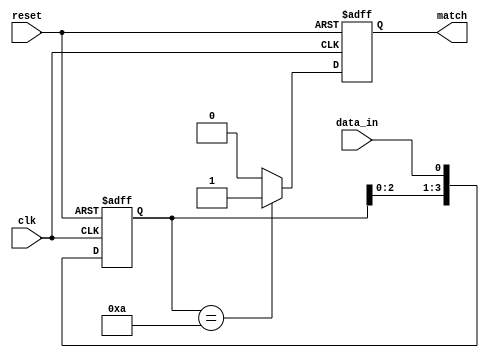
module pattern_detector #(
    parameter N = 4,  // Length of the pattern
    parameter PATTERN = 4'b1010  // Pattern to be detected
)(
    input wire clk,          // Clock input
    input wire reset,        // Reset input
    input wire data_in,      // Input data stream
    output reg match         // Output signal indicating a match
);

    // Internal signals for flip-flops
    reg [N-1:0] shift_reg;   // Shift register to hold the input sequence

    // Sequential logic for the flip-flops
    always @(posedge clk or posedge reset) begin
        if (reset) begin
            shift_reg <= 0;   // Reset the shift register
            match <= 0;       // Reset match signal
        end
        else begin
            // Shift in the new data and shift the previous data
            shift_reg <= {shift_reg[N-2:0], data_in};

            // Compare the shift register with the pattern
            if (shift_reg == PATTERN) begin
                match <= 1;  // Set match signal if pattern found
            end else begin
                match <= 0;  // Clear match signal if pattern not found
            end
        end
    end

endmodule